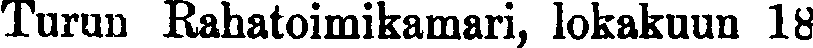
Turun Rahatoimikamari, lokakuun 18